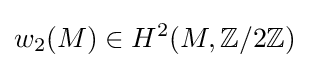
w_{2}(M)\in H^{2}(M,\mathbb {Z} /2\mathbb {Z} )